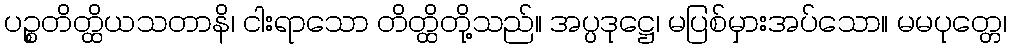
ပဉ္စတိတ္ထိယသတာနိ၊ ငါးရာသော တိတ္ထိတို့သည်။ အပ္ပဒုဋ္ဌေ၊ မပြစ်မှားအပ်သော။ မမပုတ္တေ၊